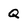
Character: Q